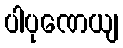
ပါပုဏေယျ